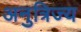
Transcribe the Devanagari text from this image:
अनुत्रिज्य